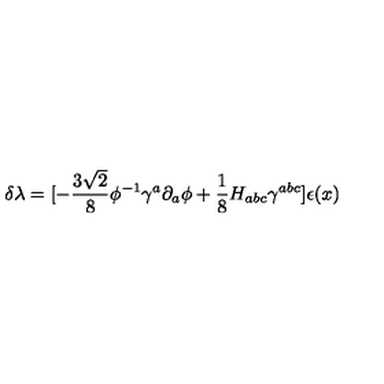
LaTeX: \delta \lambda = [ - { \frac { 3 \sqrt 2 } { 8 } } \phi ^ { - 1 } \gamma ^ { a } \partial _ { a } \phi + { \frac { 1 } { 8 } } H _ { a b c } \gamma ^ { a b c } ] \epsilon ( x )